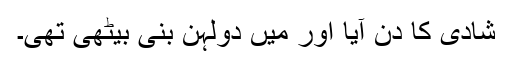
شادی کا دن آیا اور میں دولہن بنی بیٹھی تھی۔